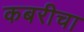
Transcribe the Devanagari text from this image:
कबरीचा